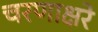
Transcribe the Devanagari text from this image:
चरणाक्षरे